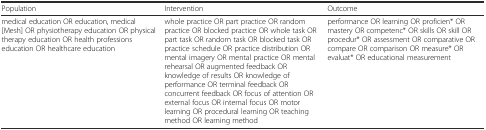
<table><thead><tr><td><b>Population</b></td><td><b>Intervention</b></td><td><b>Outcome</b></td></tr></thead><tbody><tr><td>medical education OR education, medical [Mesh] OR physiotherapy education OR physical therapy education OR health professions education OR healthcare education</td><td>whole practice OR part practice OR random practice OR blocked practice OR whole task OR part task OR random task OR blocked task OR practice schedule OR practice distribution OR mental imagery OR mental practice OR mental rehearsal OR augmented feedback OR knowledge of results OR knowledge of performance OR terminal feedback OR concurrent feedback OR focus of attention OR external focus OR internal focus OR motor learning OR procedural learning OR teaching method OR learning method</td><td>performance OR learning OR proficien* OR mastery OR competenc* OR skills OR skill OR procedur* OR assessment OR comparative OR compare OR comparison OR measure* OR evaluat* OR educational measurement</td></tr></tbody></table>